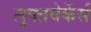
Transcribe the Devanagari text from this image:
लुफ्तवेर्केर्स